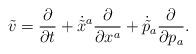
LaTeX: \begin{align*}\tilde v= \frac{\partial}{\partial t}+\dot{\tilde x}^a\frac{\partial}{\partial x^a}+\dot{\tilde p}_a\frac{\partial}{\partial p_a}.\end{align*}